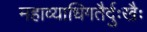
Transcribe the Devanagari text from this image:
महाव्याधिगतैर्दुःखैः